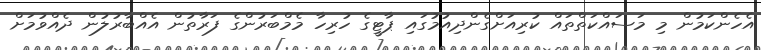
އެހެންކަމުން މި މަސައްކަތްތައް ކުރިއަށްގެންދިއުމުގައި ޕާޓީގެ ހުރިހާ މެމްބަރުންގެ ފަރާތުން އެއްބާރުލުން ދެއްވުމަށް